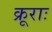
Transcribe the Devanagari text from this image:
क्रूराः